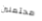
محتملين